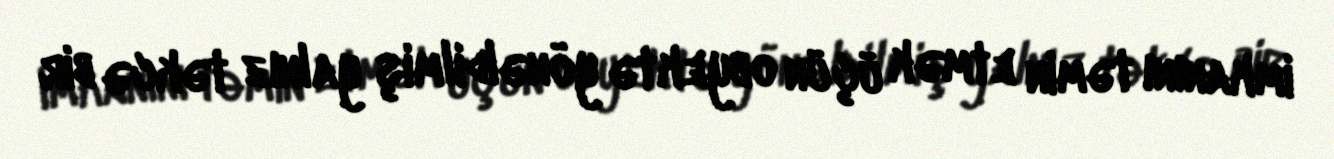
imkanını təmin etmək üçün obyektə yönəldilmiş yalnız təkcə bir